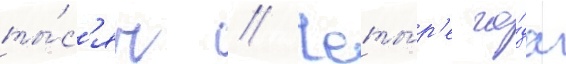
ты́с'яч // Четы́р'е го́да